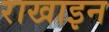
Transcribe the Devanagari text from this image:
राखाइन